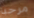
مرحبا